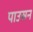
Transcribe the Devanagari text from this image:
पाउसन